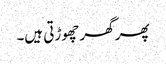
پھر گھر چھوڑتی ہیں۔